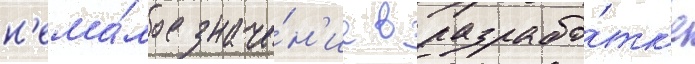
н'ема́лое значе́н'ие в разрабо́тк'е